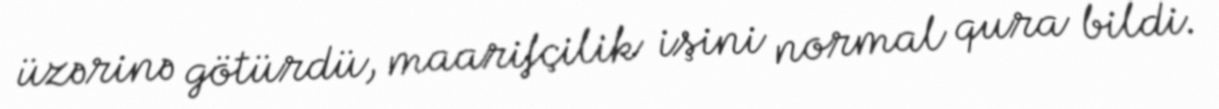
üzərinə götürdü, maarifçilik işini normal qura bildi.